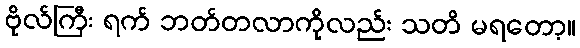
ဗိုလ်ကြီး ရက် ဘတ်တလာကိုလည်း သတိ မရတော့။